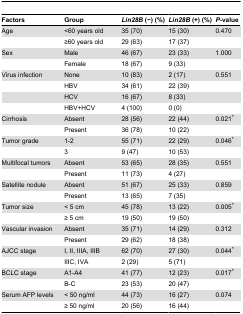
<table><thead><tr><td><b>Factors</b></td><td><b>Group</b></td><td></td><td><b><i>Lin28B</i> (−) (%)</b></td><td><b><i>Lin28B</i> (+) (%)</b></td><td><b><i>P</i>-value</b></td></tr></thead><tbody><tr><td>Age</td><td>&lt;60 years old</td><td></td><td>35 (70)</td><td>15 (30)</td><td>0.470</td></tr><tr><td></td><td>≥60 years old</td><td></td><td>29 (63)</td><td>17 (37)</td><td></td></tr><tr><td>Sex</td><td>Male</td><td></td><td>46 (67)</td><td>23 (33)</td><td>1.000</td></tr><tr><td></td><td>Female</td><td></td><td>18 (67)</td><td>9 (33)</td><td></td></tr><tr><td>Virus infection</td><td>None</td><td></td><td>10 (83)</td><td>2 (17)</td><td>0.551</td></tr><tr><td></td><td>HBV</td><td></td><td>34 (61)</td><td>22 (39)</td><td></td></tr><tr><td></td><td>HCV</td><td></td><td>16 (67)</td><td>8 (33)</td><td></td></tr><tr><td></td><td>HBV+HCV</td><td></td><td>4 (100)</td><td>0 (0)</td><td></td></tr><tr><td>Cirrhosis</td><td>Absent</td><td></td><td>28 (56)</td><td>22 (44)</td><td>0.021*</td></tr><tr><td></td><td>Present</td><td></td><td>36 (78)</td><td>10 (22)</td><td></td></tr><tr><td>Tumor grade</td><td>1-2</td><td></td><td>55 (71)</td><td>22 (29)</td><td>0.046*</td></tr><tr><td></td><td>3</td><td></td><td>9 (47)</td><td>10 (53)</td><td></td></tr><tr><td>Multifocal tumors</td><td>Absent</td><td></td><td>53 (65)</td><td>28 (35)</td><td>0.551</td></tr><tr><td></td><td>Present</td><td></td><td>11 (73)</td><td>4 (27)</td><td></td></tr><tr><td>Satellite nodule</td><td>Absent</td><td></td><td>51 (67)</td><td>25 (33)</td><td>0.859</td></tr><tr><td></td><td>Present</td><td></td><td>13 (65)</td><td>7 (35)</td><td></td></tr><tr><td>Tumor size</td><td>&lt; 5 cm</td><td></td><td>45 (78)</td><td>13 (22)</td><td>0.005*</td></tr><tr><td></td><td>≥ 5 cm</td><td></td><td>19 (50)</td><td>19 (50)</td><td></td></tr><tr><td>Vascular invasion</td><td>Absent</td><td></td><td>35 (71)</td><td>14 (29)</td><td>0.312</td></tr><tr><td></td><td>Present</td><td></td><td>29 (62)</td><td>18 (38)</td><td></td></tr><tr><td>AJCC stage</td><td>I, II, IIIA, IIIB</td><td></td><td>62 (70)</td><td>27 (30)</td><td>0.044*</td></tr><tr><td></td><td>IIIC, IVA</td><td></td><td>2 (29)</td><td>5 (71)</td><td></td></tr><tr><td>BCLC stage</td><td>A1-A4</td><td></td><td>41 (77)</td><td>12 (23)</td><td>0.017*</td></tr><tr><td></td><td>B-C</td><td></td><td>23 (53)</td><td>20 (47)</td><td></td></tr><tr><td>Serum AFP levels</td><td>&lt; 50 ng/ml</td><td></td><td>44 (73)</td><td>16 (27)</td><td>0.074</td></tr><tr><td></td><td>≥ 50 ng/ml</td><td></td><td>20 (56)</td><td>16 (44)</td><td></td></tr></tbody></table>